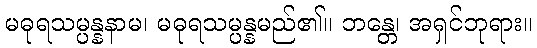
မဓုရသမ္ပန္နနာမ၊ မဓုရသမ္ပန္နမည်၏။ ဘန္တေ၊ အရှင်ဘုရား။